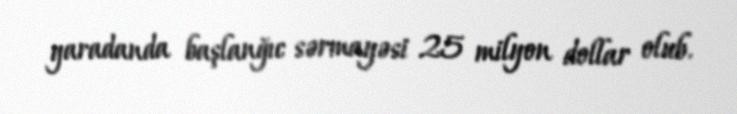
yaradanda başlanğıc sərmayəsi 25 milyon dollar olub.